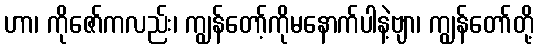
ဟာ၊ ကိုဇော်ကလည်း၊ ကျွန်တော့်ကိုမနောက်ပါနဲ့ဗျာ၊ ကျွန်တော်တို့